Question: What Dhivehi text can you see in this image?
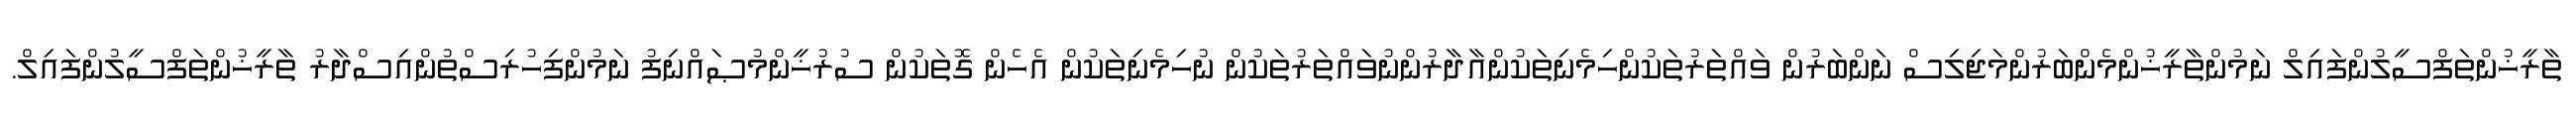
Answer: ތާރީޚުންތަފްސީލުންފައިލް ނަމުންތާރީޚުންމެންބަރުންމަޖިލިސް ނަންބަރުން ވައްތަރުތަކުންހިމެނިތަކުންއާދާރުންނުވައްތަރުތަކުން ނުހިމެނިތަކުން އެހެން ގޮތަކުން ސުރުޚީންމުޞައްނިފު ނަމުންފިހުރިސްތުންއިސްދާރު ތާރީޚުންތަފްސީލުންފައިލް.